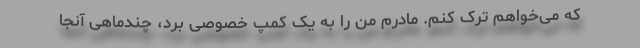
که می‌خواهم ترک کنم. مادرم من را به یک کمپ خصوصی برد، چندماهی آنجا